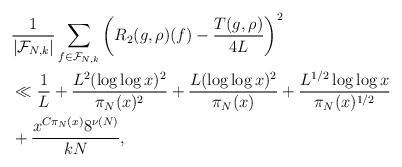
\begin{align*}&\frac{1}{|\mathcal F_{N,k}|} \sum_{f \in \mathcal F_{N,k}} \left(R_2 (g,\rho) (f) - \frac{T(g,\rho)}{4 L}\right)^2\\&\ll \frac{1}{L} + \frac{L^2 (\log \log x)^2}{\pi_N(x)^2} + \frac{L(\log \log x)^2}{\pi_N(x)} + \frac{L^{1/2}\log \log x}{\pi_N(x)^{1/2}}\\& + \frac{x^{C\pi_N(x)}8^{\nu(N)}}{k{N}}, \end{align*}